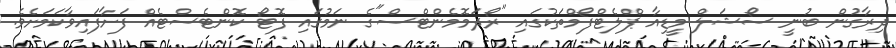
ދިރާގުން ބުނީ ސޯޝަލް މީޑިއާ ޕްލެޓްފޯމްތަކުގައި "ރޯދަމޮމެންޓްސް"ގެ ނަމުގައި ފޮޓޯ ކޮންޓެސްޓެއް ފަށާފައިވާކަމަށެވެ.